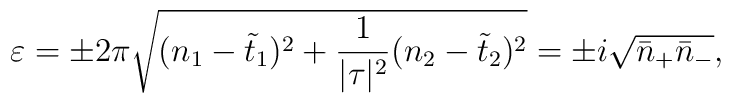
\varepsilon=\pm 2\pi \sqrt{(n_1-\tilde{t}_1)^2+\frac{1}{|\tau|^2}(n_2-\tilde{t}_2)^2}=\pm i\sqrt{\bar{n}_+\bar{n}_-},